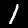
Label: 1